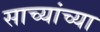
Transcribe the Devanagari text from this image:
साच्यांच्या